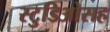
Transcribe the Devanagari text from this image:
स्टुडिओसह